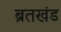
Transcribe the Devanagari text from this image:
ब्रतखंड